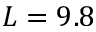
L = 9 . 8